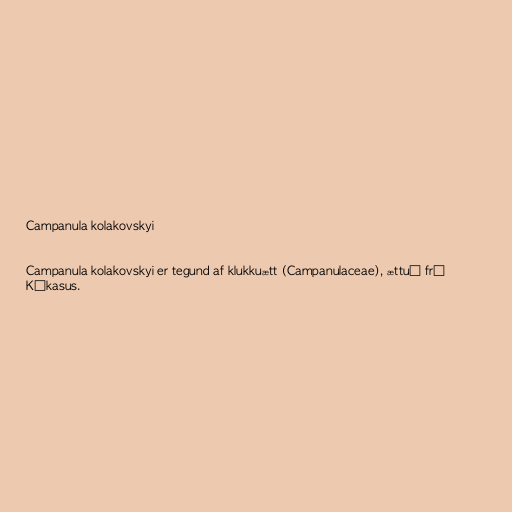
Campanula kolakovskyi

Campanula kolakovskyi er tegund af klukkuætt (Campanulaceae), ættuð frá
Kákasus.